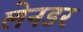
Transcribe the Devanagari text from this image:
लेनडर